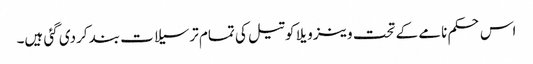
اس حکم نامے کے تحت وینزویلا کو تیل کی تمام ترسیلات بند کردی گئی ہیں۔